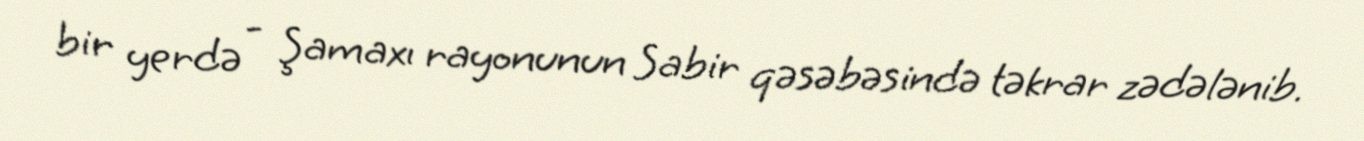
bir yerdə - Şamaxı rayonunun Sabir qəsəbəsində təkrar zədələnib.